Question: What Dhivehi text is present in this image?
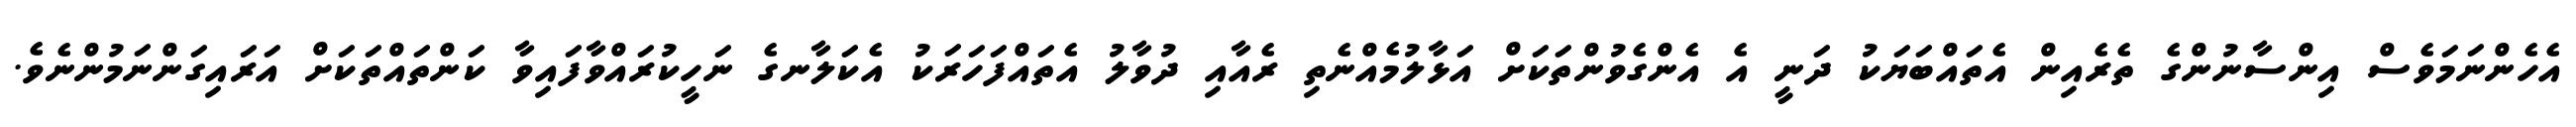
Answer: އެހެންނަމަވެސް އިންސާނުންގެ ތެރެއިން އެތައްބަޔަކު ދަނީ އެ އެންގެވުންތަކަށް އަޅާލުމެއްނެތި ރެއާއި ދުވާލު އެތައްފަހަރަކު އެކަލާނގެ ނަހީކުރައްވާފައިވާ ކަންތައްތަކަށް އަރައިގަންނަމުންނެވެ.